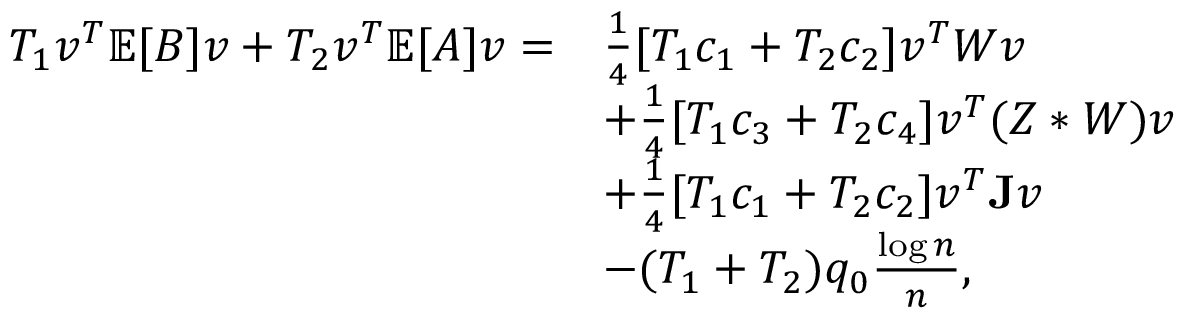
\begin{array} { r l } { T _ { 1 } v ^ { T } \mathbb { E } [ B ] v + T _ { 2 } v ^ { T } \mathbb { E } [ A ] v = } & { \frac { 1 } { 4 } [ T _ { 1 } c _ { 1 } + T _ { 2 } c _ { 2 } ] v ^ { T } W v } \\ & { + \frac { 1 } { 4 } [ T _ { 1 } c _ { 3 } + T _ { 2 } c _ { 4 } ] v ^ { T } ( Z * W ) v } \\ & { + \frac { 1 } { 4 } [ T _ { 1 } c _ { 1 } + T _ { 2 } c _ { 2 } ] v ^ { T } \mathbf { J } v } \\ & { - ( T _ { 1 } + T _ { 2 } ) q _ { 0 } \frac { \log n } { n } , } \end{array}